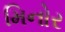
મિનોર